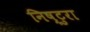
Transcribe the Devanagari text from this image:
निष्टुरा